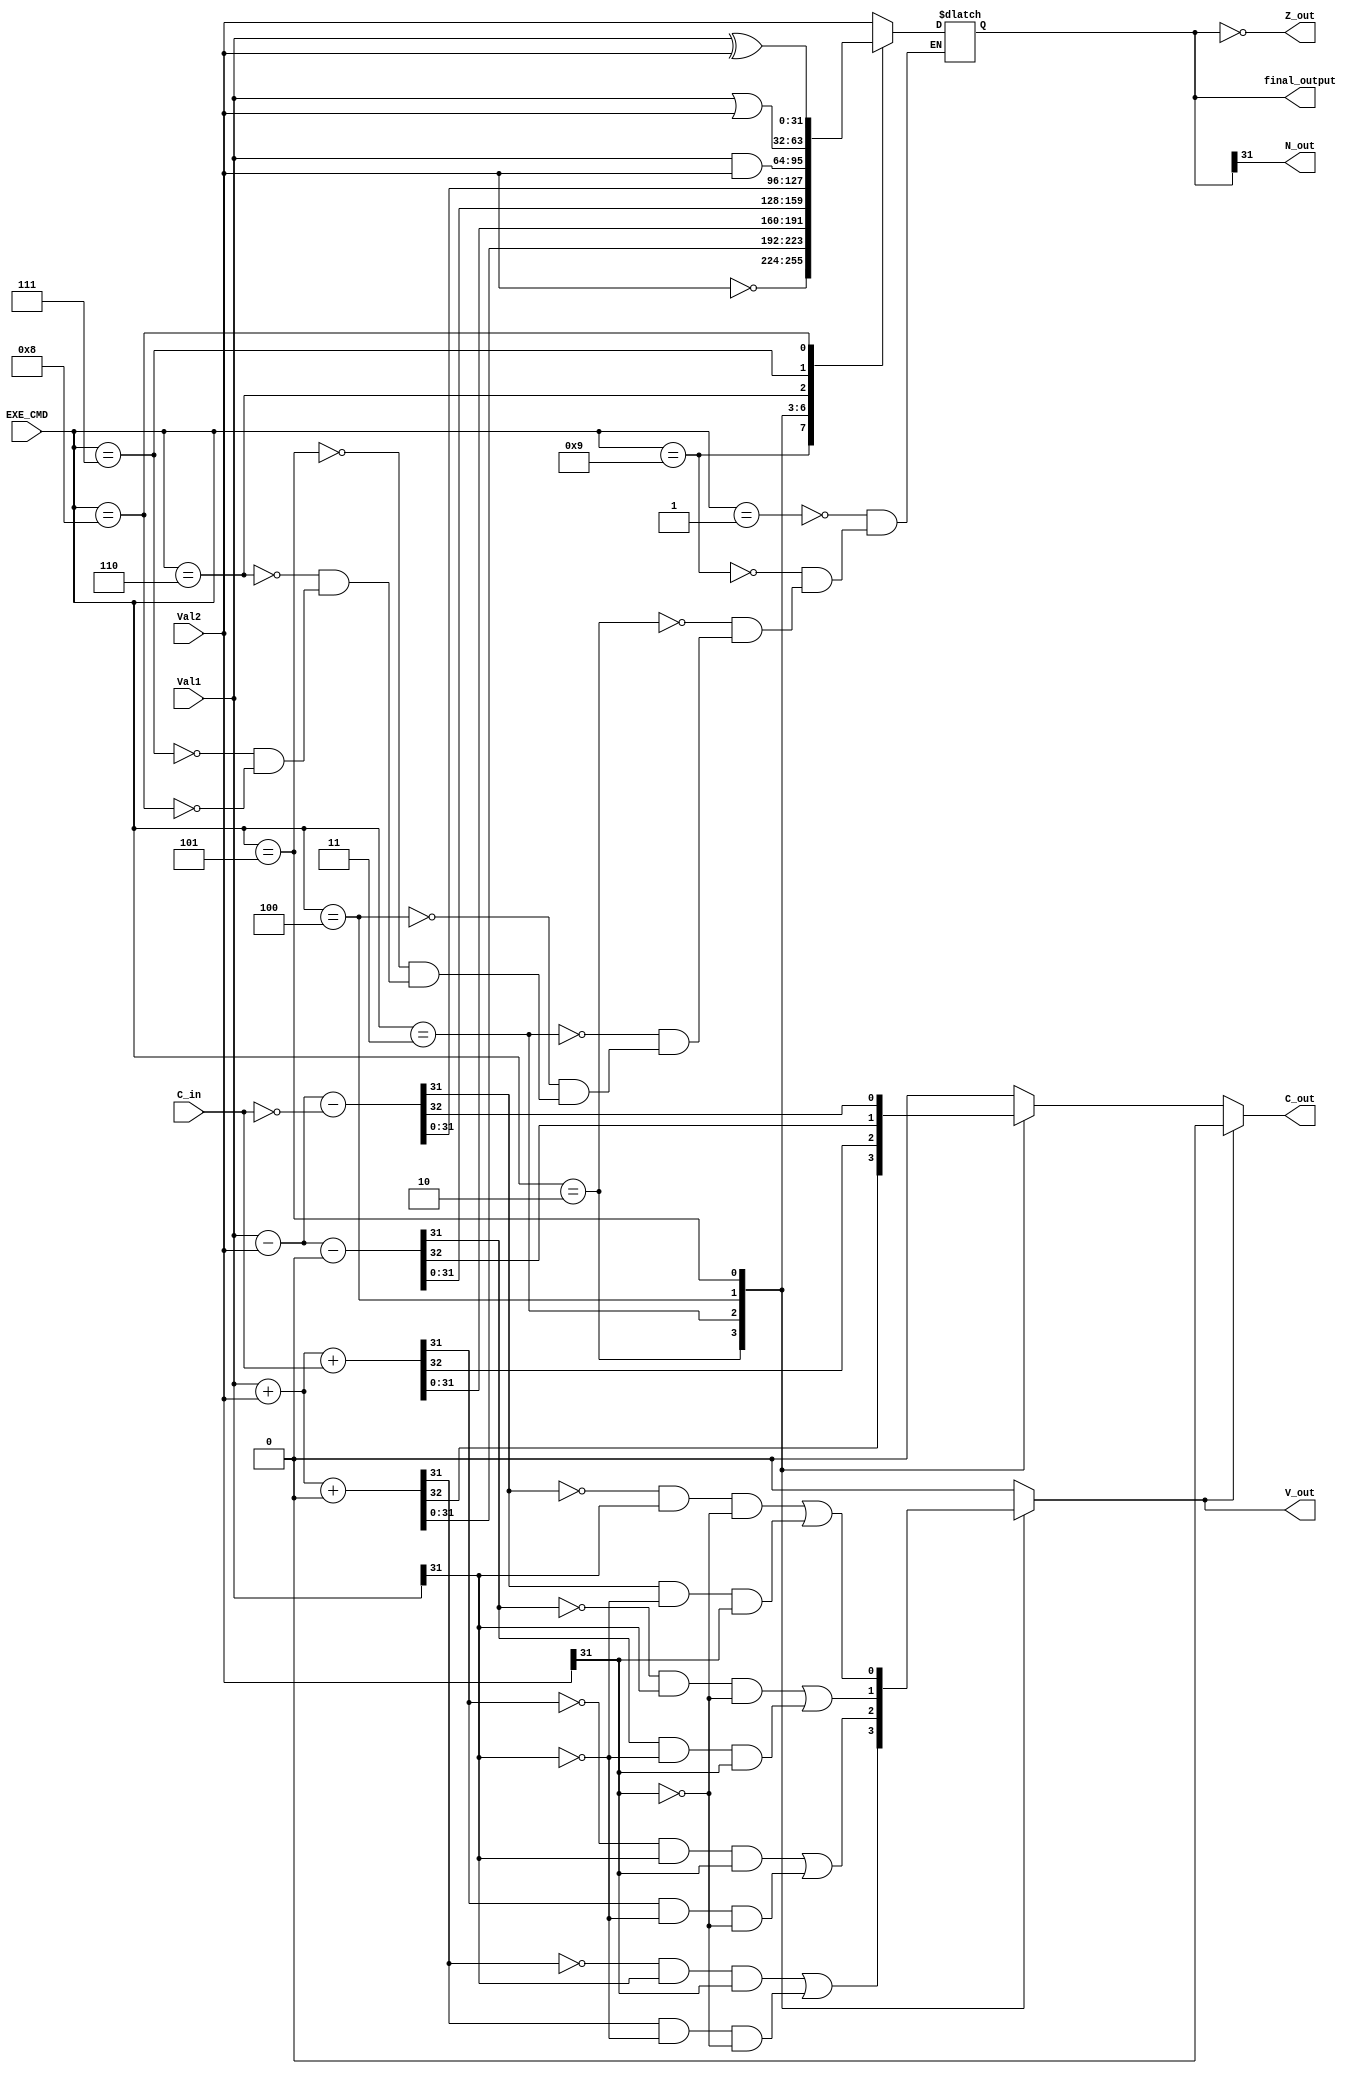
module ALU(
    input [31:0] Val1, Val2, 
    input C_in, 
    input [3:0] EXE_CMD, 
    output reg [31:0] final_output,
    output N_out, Z_out,
    output reg C_out, V_out
    );

    wire [31:0] ADD_output, ADC_output, SUB_output, SBC_output;
    wire ADD_C_out, ADC_C_out, SUB_C_out, SBC_C_out;
    wire ADD_V_out, ADC_V_out, SUB_V_out, SBC_V_out;

	assign {ADD_C_out, ADD_output} = Val1 + Val2 + 1'b0;
	assign ADD_V_out = ((~ADD_output[31]) & Val1[31] & Val2[31]) | 
                    (ADD_output[31] & (~Val1[31]) & (~Val2[31]));

	assign {ADC_C_out, ADC_output} = Val1 + Val2 + C_in;
	assign ADC_V_out = ((~ADC_output[31]) & Val1[31] & Val2[31]) | 
                    (ADC_output[31] & (~Val1[31]) & (~Val2[31]));

	assign {SUB_C_out, SUB_output} = Val1 - Val2 - 1'b0;
	assign SUB_V_out = ((~SUB_output[31]) & Val1[31] & (~Val2[31])) | 
                    (SUB_output[31] & (~Val1[31]) & (Val2[31]));

	assign {SBC_C_out, SBC_output} = Val1 - Val2 - !C_in;
	assign SBC_V_out = ((~SBC_output[31]) & Val1[31] & (~Val2[31])) | 
                    (SBC_output[31] & (~Val1[31]) & (Val2[31]));

    always @(Val1, Val2, EXE_CMD) begin
        C_out <= 0; 
        V_out <= 0;
        case(EXE_CMD)
            4'b0001: final_output <= Val2; //MOV
            4'b1001: final_output <= ~Val2; //MVN
            4'b0010: begin //ADD, LDR, STR
                final_output <= ADD_output;
                C_out <= ADD_C_out;
                V_out <= ADD_V_out; 
            end
            4'b0011: begin //ADC
                final_output <= ADC_output;
                C_out <= ADC_C_out;
                V_out <= ADC_V_out; 
            end
            4'b0100: begin //SUB, CMP
                final_output <= SUB_output;
                C_out <= SUB_C_out;
                V_out <= SUB_V_out; 
            end
            4'b0101: begin //SBC
                final_output <= SBC_output;
                C_out <= SBC_C_out;
                V_out <= SBC_V_out; 
            end
            4'b0110: final_output <= Val1 & Val2; //AND, TST
            4'b0111: final_output <= Val1 | Val2; //OR
            4'b1000: final_output <= Val1 ^ Val2; //EOR
        endcase
        if (V_out) C_out <= 0;
    end

    assign N_out = final_output[31];
    assign Z_out = (final_output == 0);
	
endmodule